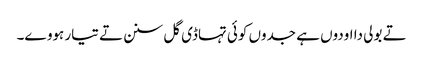
تے بولی دا اودوں ہے جدوں کوئی تہاڈی گل سنن تے تیار ہووے۔